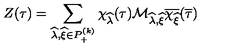
Z ( \tau ) = \sum _ { \widehat { \lambda } , \widehat { \xi } \in P _ { + } ^ { ( k ) } } \chi _ { \widehat { \lambda } } ( \tau ) { \cal M } _ { \widehat { \lambda } , \widehat { \xi } } \overline { { \chi _ { \widehat { \xi } } } } ( \overline { { \tau } } )